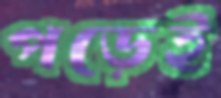
পড়েই